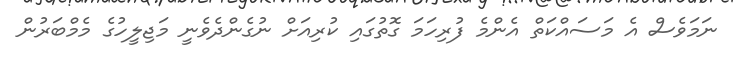
ނަމަވެސް އެ މަސައްކަތް އެންމެ ފުރިހަމަ ގޮތުގައި ކުރިއަށް ނުގެންދެވެނީ މަޖިލީހުގެ މެމްބަރުން